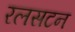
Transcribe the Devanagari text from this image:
रलसटन